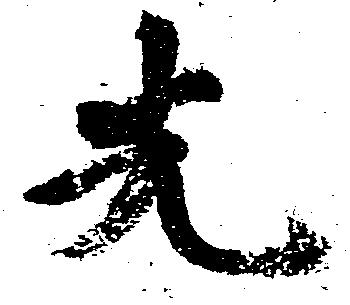
先